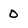
Character: 0